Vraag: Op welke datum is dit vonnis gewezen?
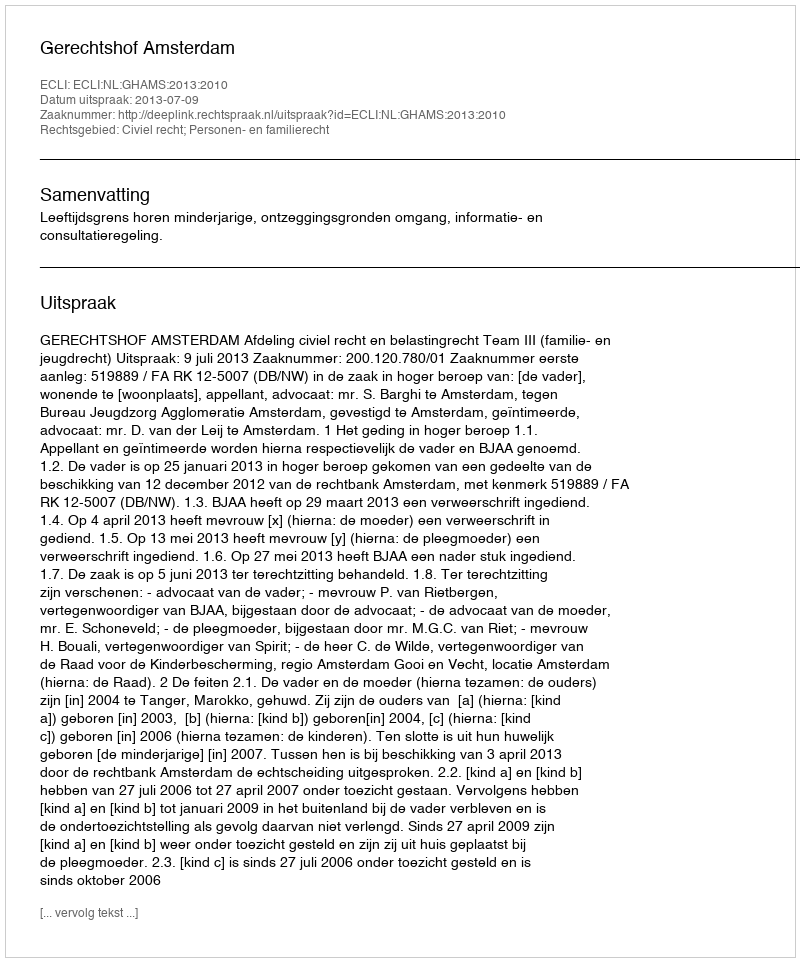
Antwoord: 2013-07-09